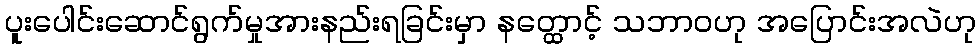
ပူးပေါင်းဆောင်ရွက်မှုအားနည်းရခြင်းမှာ နတ္ထောင့် သဘာဝဟု အပြောင်းအလဲဟု